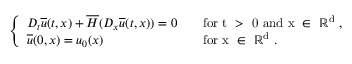
\left\{ \begin{array} { l l } { D _ { t } \overline { { u } } ( t , x ) + \overline { { H } } ( D _ { x } \overline { { u } } ( t , x ) ) = 0 } & { \quad \mathrm { f o r ~ t ~ > ~ 0 ~ a n d ~ x ~ \in ~ \mathbb { R } ^ d ~ , } } \\ { \overline { { u } } ( 0 , x ) = u _ { 0 } ( x ) } & { \quad \mathrm { f o r ~ x ~ \in ~ \mathbb { R } ^ d ~ . } } \end{array} \right.